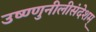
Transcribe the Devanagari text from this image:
उष्ण्णुनीलीसंदेशम्